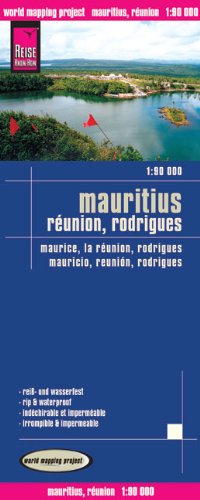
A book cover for Mauritius / Reunion / Rodrigues 2011: REISE.2220; Travel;